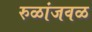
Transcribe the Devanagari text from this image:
रुळांजवळ